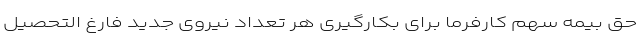
حق بیمه سهم کارفرما برای بکارگیری هر تعداد نیروی جدید فارغ التحصیل